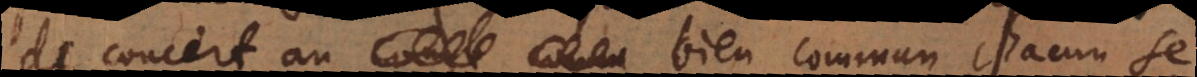
de concert au bien commun, chacun se